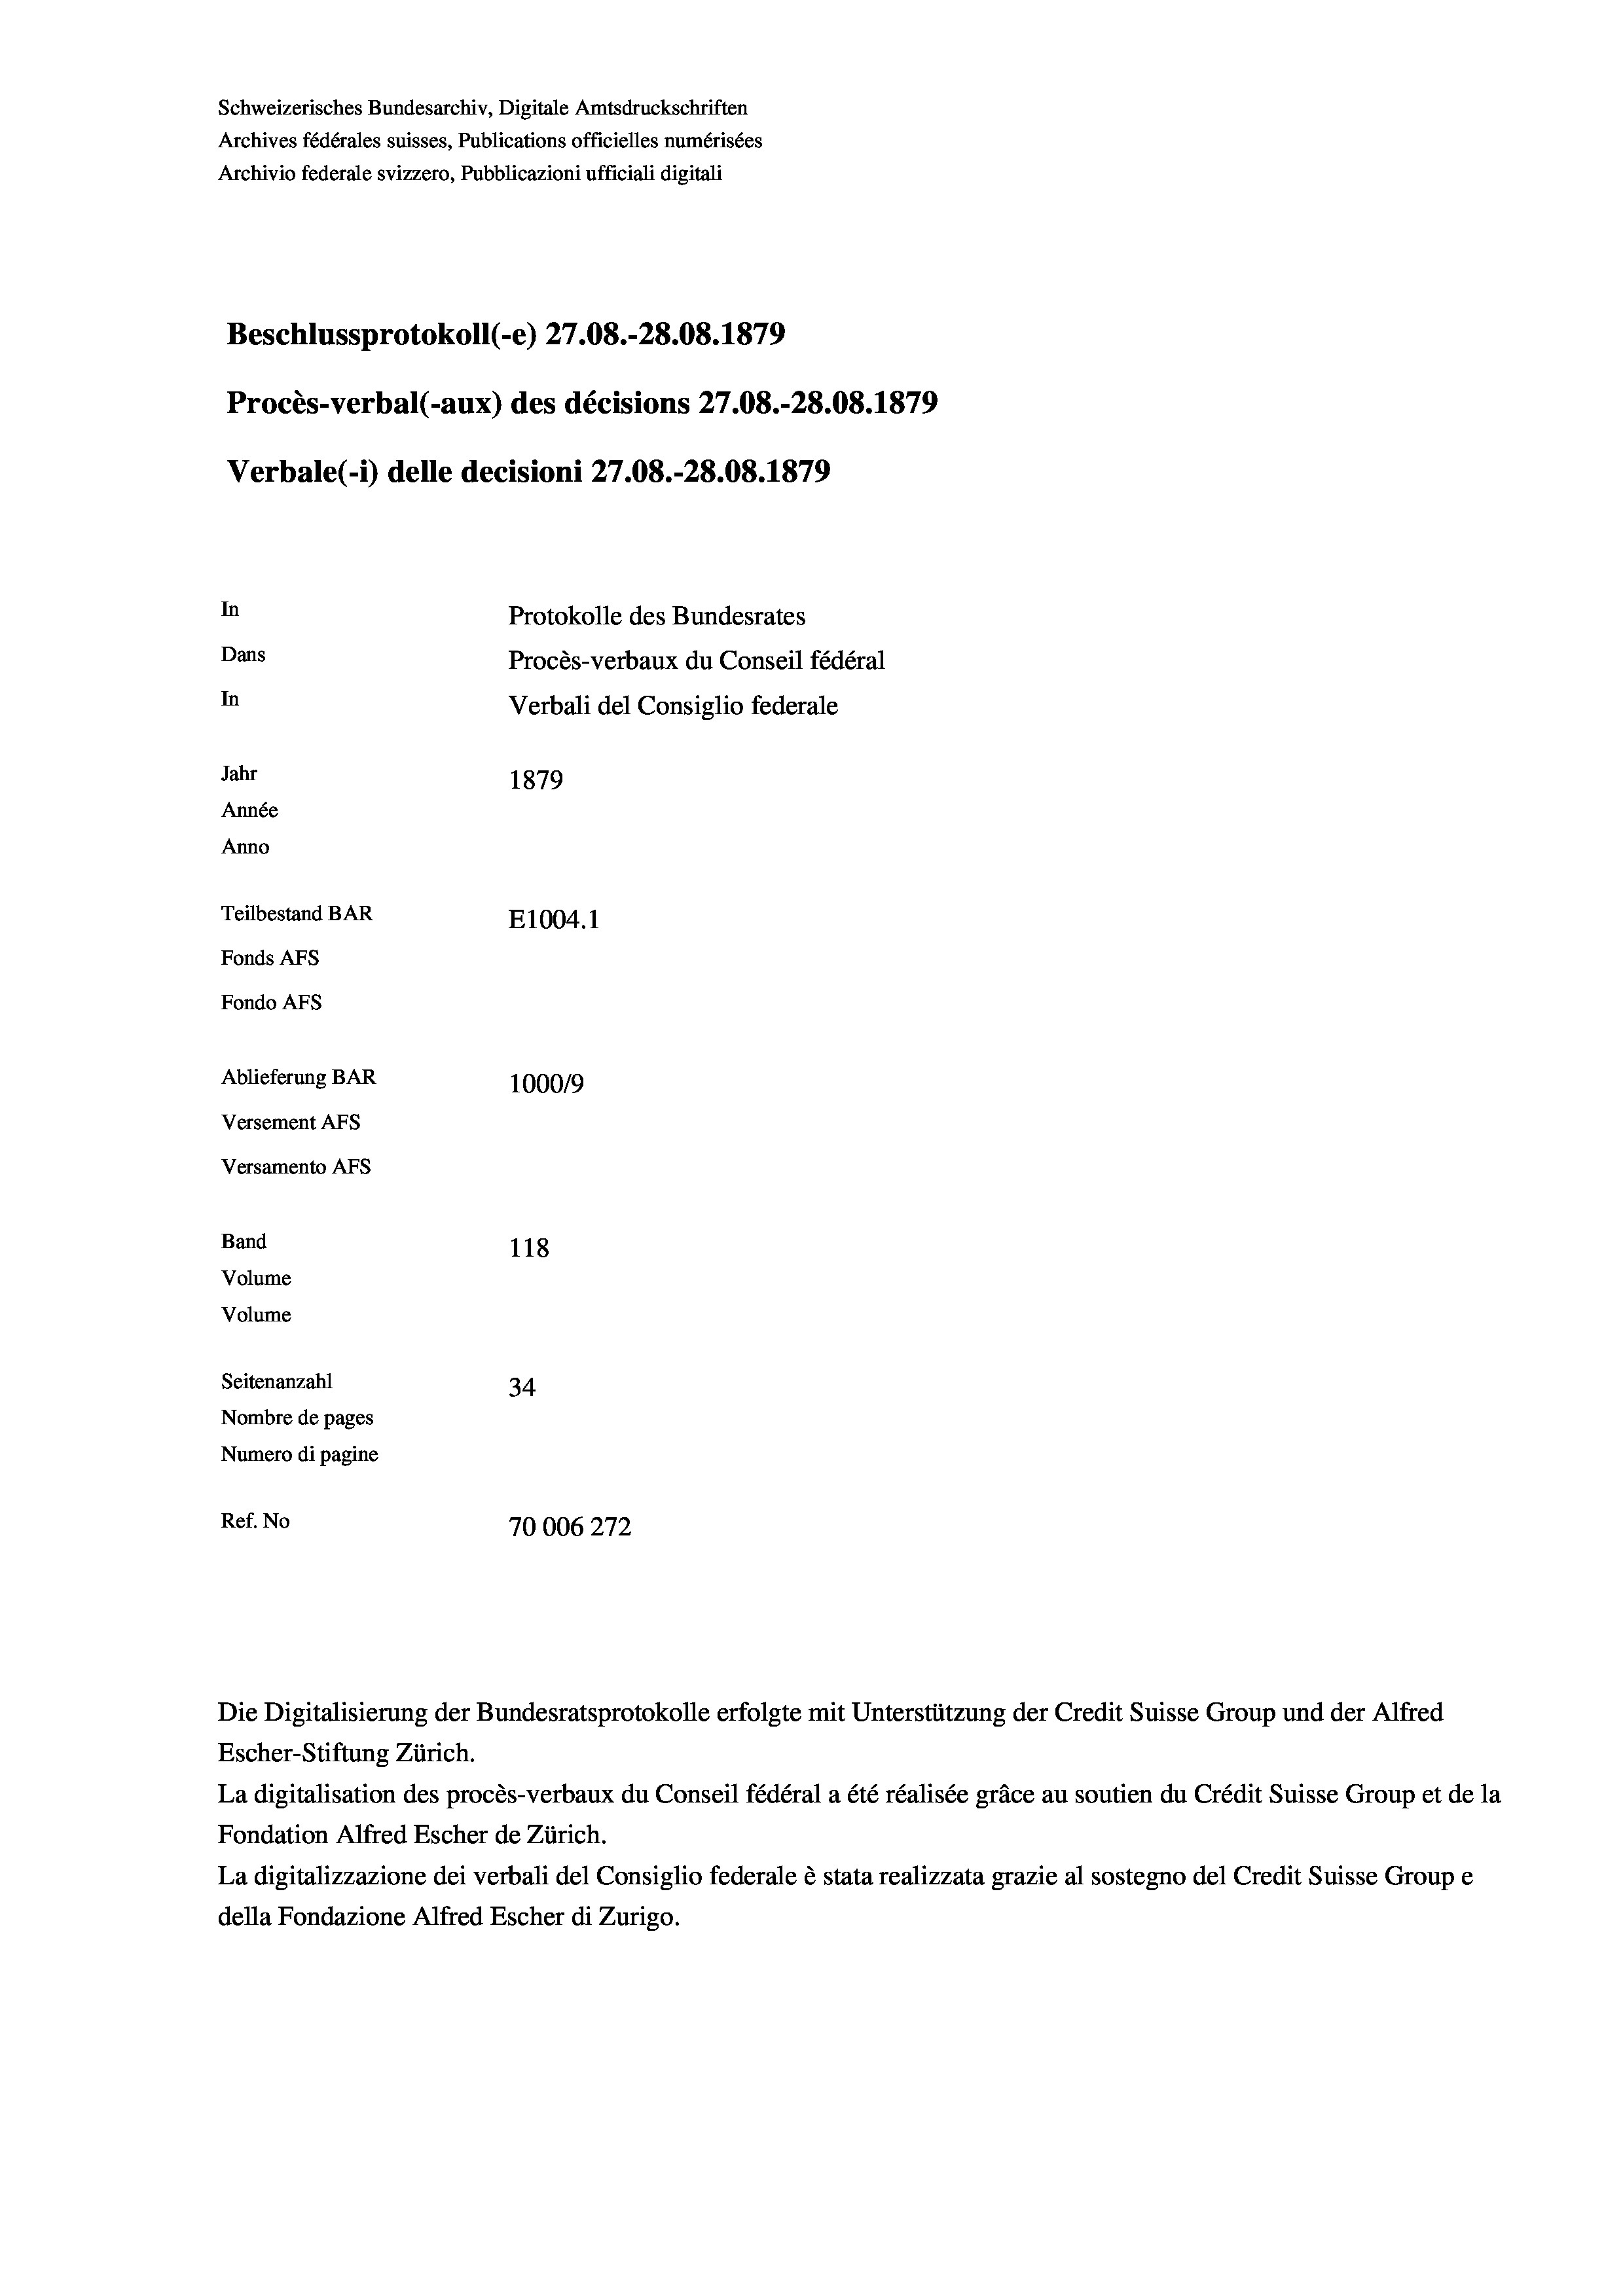
Schweizerisches Bundesarchiv, Digitale Amtsdruckschriften
Archives fédérales suisses, Publications officielles numérisées
Archivio federale svizzero, Pubblicazioni ufficiali digitali
Beschlussprotokoll (-e) 27.08.-28.08. 1879
Procès-verbal (-aux) des décisions 27.08.-28.08. 1879
Verbale (- 1) delle decisioni 27.08.-28.08. 1879
In
Protokolle des Bundesrates
Dans
Procès-verbaux du Conseil fédéral
In
Verbali del Consiglio federale
Jahr
1879
Année
Anno
Teilbestand BAR
E1004. 1
Fonds AFs
Fondo AFS
Ablieferung BAR
100019
Versement AFs
Versamento Afs
Band
118
Volume
Volume

Seitenanzahl
34
Nombre de pages
Numero di pagine
Ref. No
70006272

Die Digitalisierung der Bundesratsprotokolle erfolgte mit Unterstützung der Credit Suisse Group und der Alfred
Escher-Stiftung Zürich.
La digitalisation des procès-verbaux du Conseil fédéral a été réalisée gräce au soutien du Crédit Suisse Group et de la
Fondation Alfred Escher de Zürich.
La digitalizzazione dei verbali del Consiglio federale è stata realizzata grazie al sostegno del Credit Suisse Groupe
della Fondazione Alfred Escher di Zurigo.